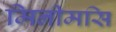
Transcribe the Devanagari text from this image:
मिनीमसि